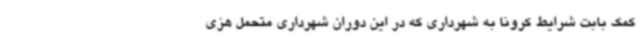
کمک بابت شرایط کرونا به شهرداری که در این دوران شهرداری متحمل هزی